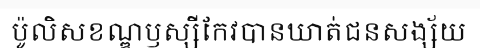
ប៉ូលិសខណ្ឌឫស្សីកែវបានឃាត់ជនសង្ស័យ